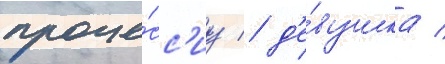
проце́сс'иу / д'е́вушка /